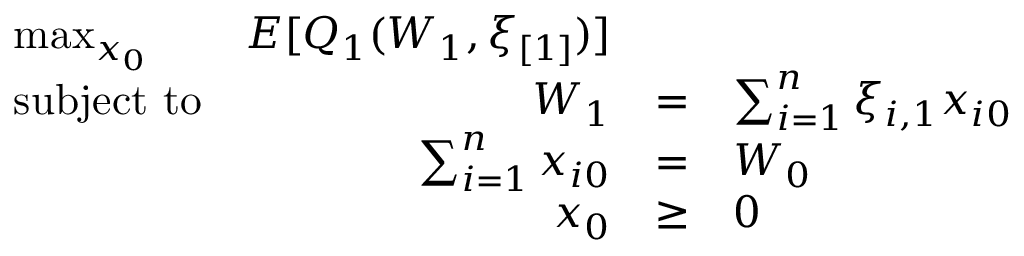
{ \begin{array} { l r c l r } { \operatorname* { m a x } _ { x _ { 0 } } } & { E [ Q _ { 1 } ( W _ { 1 } , \xi _ { [ 1 ] } ) ] } & \\ { { \mathrm { s u b j e c t ~ t o } } } & { W _ { 1 } } & { = } & { \sum _ { i = 1 } ^ { n } \xi _ { i , 1 } x _ { i 0 } } \\ & { \sum _ { i = 1 } ^ { n } x _ { i 0 } } & { = } & { W _ { 0 } } \\ & { x _ { 0 } } & { \geq } & { 0 } \end{array} }